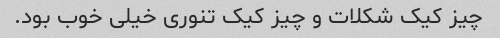
چیز کیک شکلات و چیز کیک تنوری خیلی خوب بود.